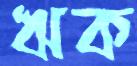
ঋক